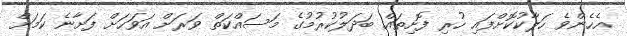
އެހެންވެ ހަލާކުކޮށްފައި ހުރި ފޮށިތައް ބަދަލުކުރުމުގެ މަސައްކަތް ވަރަށް އަވަހަށް ފަށާނެ ކަމަށް